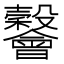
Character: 𣫪